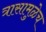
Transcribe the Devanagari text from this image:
त्रासामुळेच